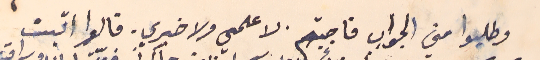
وطلبوا مني الجواب فاجبتهم. لا علمي ولا خبري. قالوا اثبت